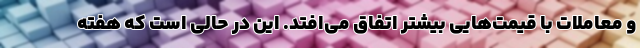
و معاملات با قیمت‌هایی بیشتر اتفاق می‌افتد. این در حالی است که هفته